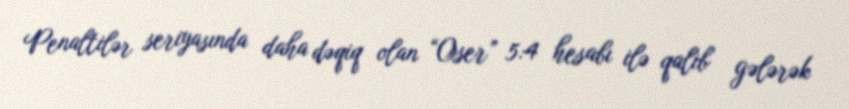
Penaltilər seriyasında daha dəqiq olan “Oser” 5:4 hesabı ilə qalib gələrək